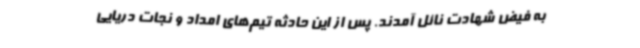
به فیض شهادت نائل آمدند. پس از این حادثه تیم‌های امداد و نجات دریایی